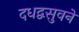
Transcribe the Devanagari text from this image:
दधद्वसुवने